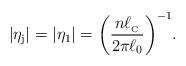
LaTeX: \begin{align*}\vert \eta _{\rm j}\vert =\vert \eta _1 \vert =\biggl(\frac{n\ell _{_{\rm C}}}{2\pi \ell _0}\biggl)^{-1}.\end{align*}